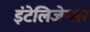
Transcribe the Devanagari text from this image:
इंटेलिजेन्सर